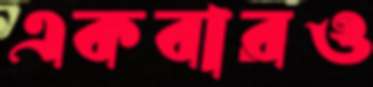
একবারও